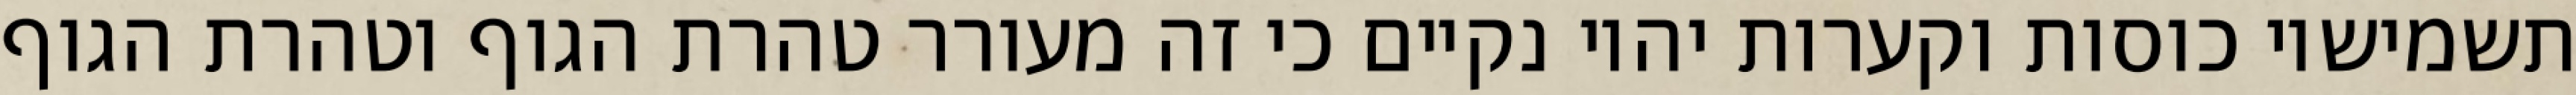
תשמישיו כוסות וקערות יהיו נקיים כי זה מעורר טהרת הגוף וטהרת הגוף